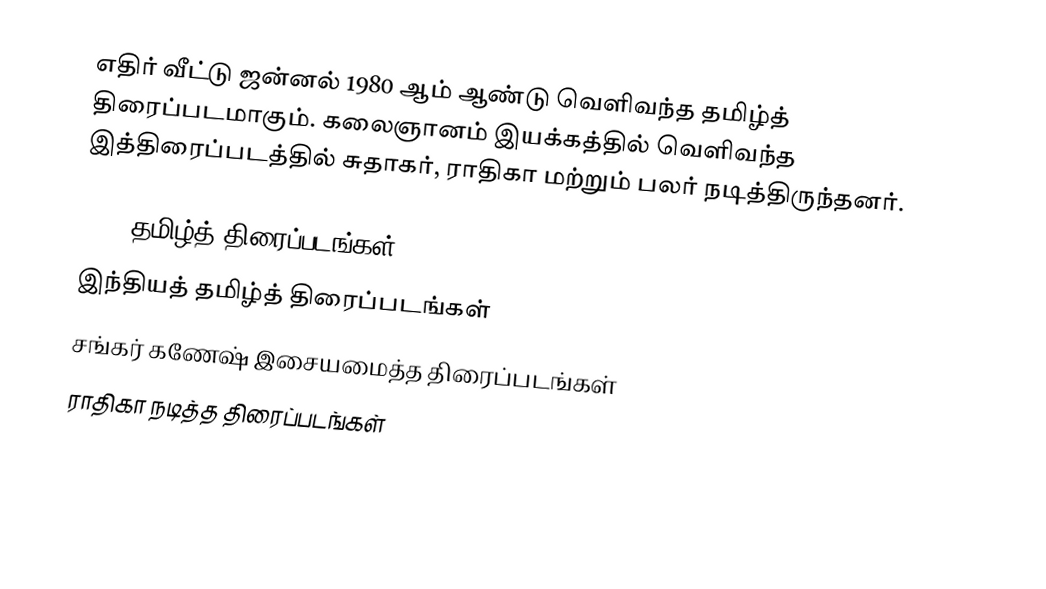
எதிர் வீட்டு ஜன்னல் 1980 ஆம் ஆண்டு வெளிவந்த தமிழ்த் திரைப்படமாகும். கலைஞானம் இயக்கத்தில் வெளிவந்த இத்திரைப்படத்தில் சுதாகர், ராதிகா மற்றும் பலர் நடித்திருந்தனர்.

1980 தமிழ்த் திரைப்படங்கள்
இந்தியத் தமிழ்த் திரைப்படங்கள்
சங்கர் கணேஷ் இசையமைத்த திரைப்படங்கள்
ராதிகா நடித்த திரைப்படங்கள்